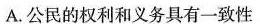
A.公民的权利和义务具有一致性